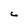
Character: C